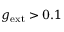
g _ { \mathrm { e x t } } > 0 . 1